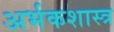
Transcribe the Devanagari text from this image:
अर्भकशास्त्र